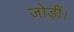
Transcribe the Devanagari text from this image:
जोड़ीं।